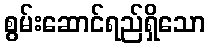
စွမ်းဆောင်ရည်ရှိသော